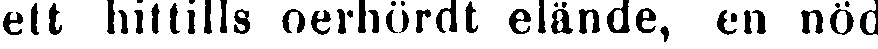
ett hittills oerhördt elände, en nöd